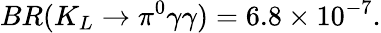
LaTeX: BR(K_{L}\rightarrow\pi^{0}\gamma\gamma)=6.8\times 10^{-7}.